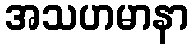
အသဟမာနာ